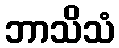
ဘာသိသံ